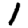
Digit: 1